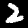
Digit: 2